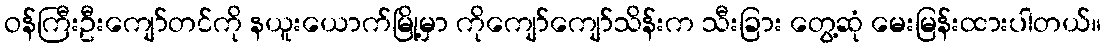
ဝန်ကြီးဦးကျော်တင်ကို နယူးယောက်မြို့မှာ ကိုကျော်ကျော်သိန်းက သီးခြား တွေ့ဆုံ မေးမြန်းထားပါတယ်။